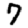
Digit: 7